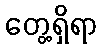
တွေ့ရှိရာ